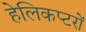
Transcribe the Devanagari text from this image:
हेलिकप्टरों